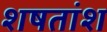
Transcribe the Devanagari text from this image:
शषतांश